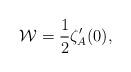
LaTeX: \begin{align*}\mathcal{W}=\frac{1}{2}\zeta_A'(0),\end{align*}